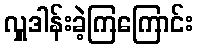
လှူဒါန်းခဲ့ကြကြောင်း